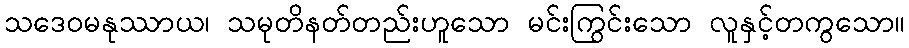
သဒေဝမနုဿာယ၊ သမုတိနတ်တည်းဟူသော မင်းကြွင်းသော လူနှင့်တကွသော။